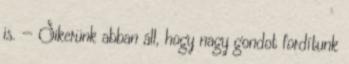
is. — Sikerünk abban áll, hogy nagy gondot fordítunk